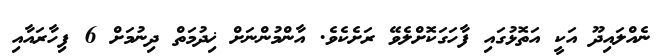
ނެއްލައިދޫ އަކީ އަތޮޅުގައި ފާހަގަކޮށްލެވޭ ރަށެކެވެ. އާންމުންނަށް ޚިދުމަތް ދިނުމަށް 6 ފިހާރައާއި